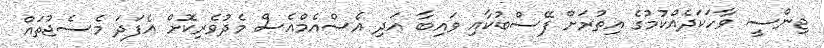
ޖިންސީ ވާހަކަދެއްކުމުގެ އިތުރަށް ފޭސްބުކާއި ވައިބާ އަދި އެސްއެމްއެސް މެދުވެރިކޮށް އެފަދަ މެސެޖުތައް